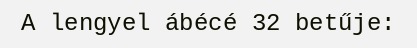
A lengyel ábécé 32 betűje: